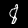
Label: 8